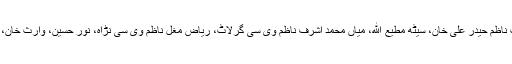
کمیٹی اراکین میں تحصیل ناظم بالاکوٹ سید ابراہیم شاہ، سٹی نائب ناظم حیدر علی خان، سیٹھ مطیع الله، میاں محمد اشرف ناظم وی سی گرلاٹ، ریاض مغل ناظم وی سی نڑاہ، نور حسین، وارث خان، صفدر حسین، محمد شبیر، اکرام مغل، تیمور فدا اعوان شامل تھے۔